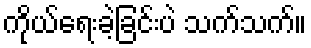
ကိုယ်ရေးခဲ့ခြင်းပဲ သက်သက်။